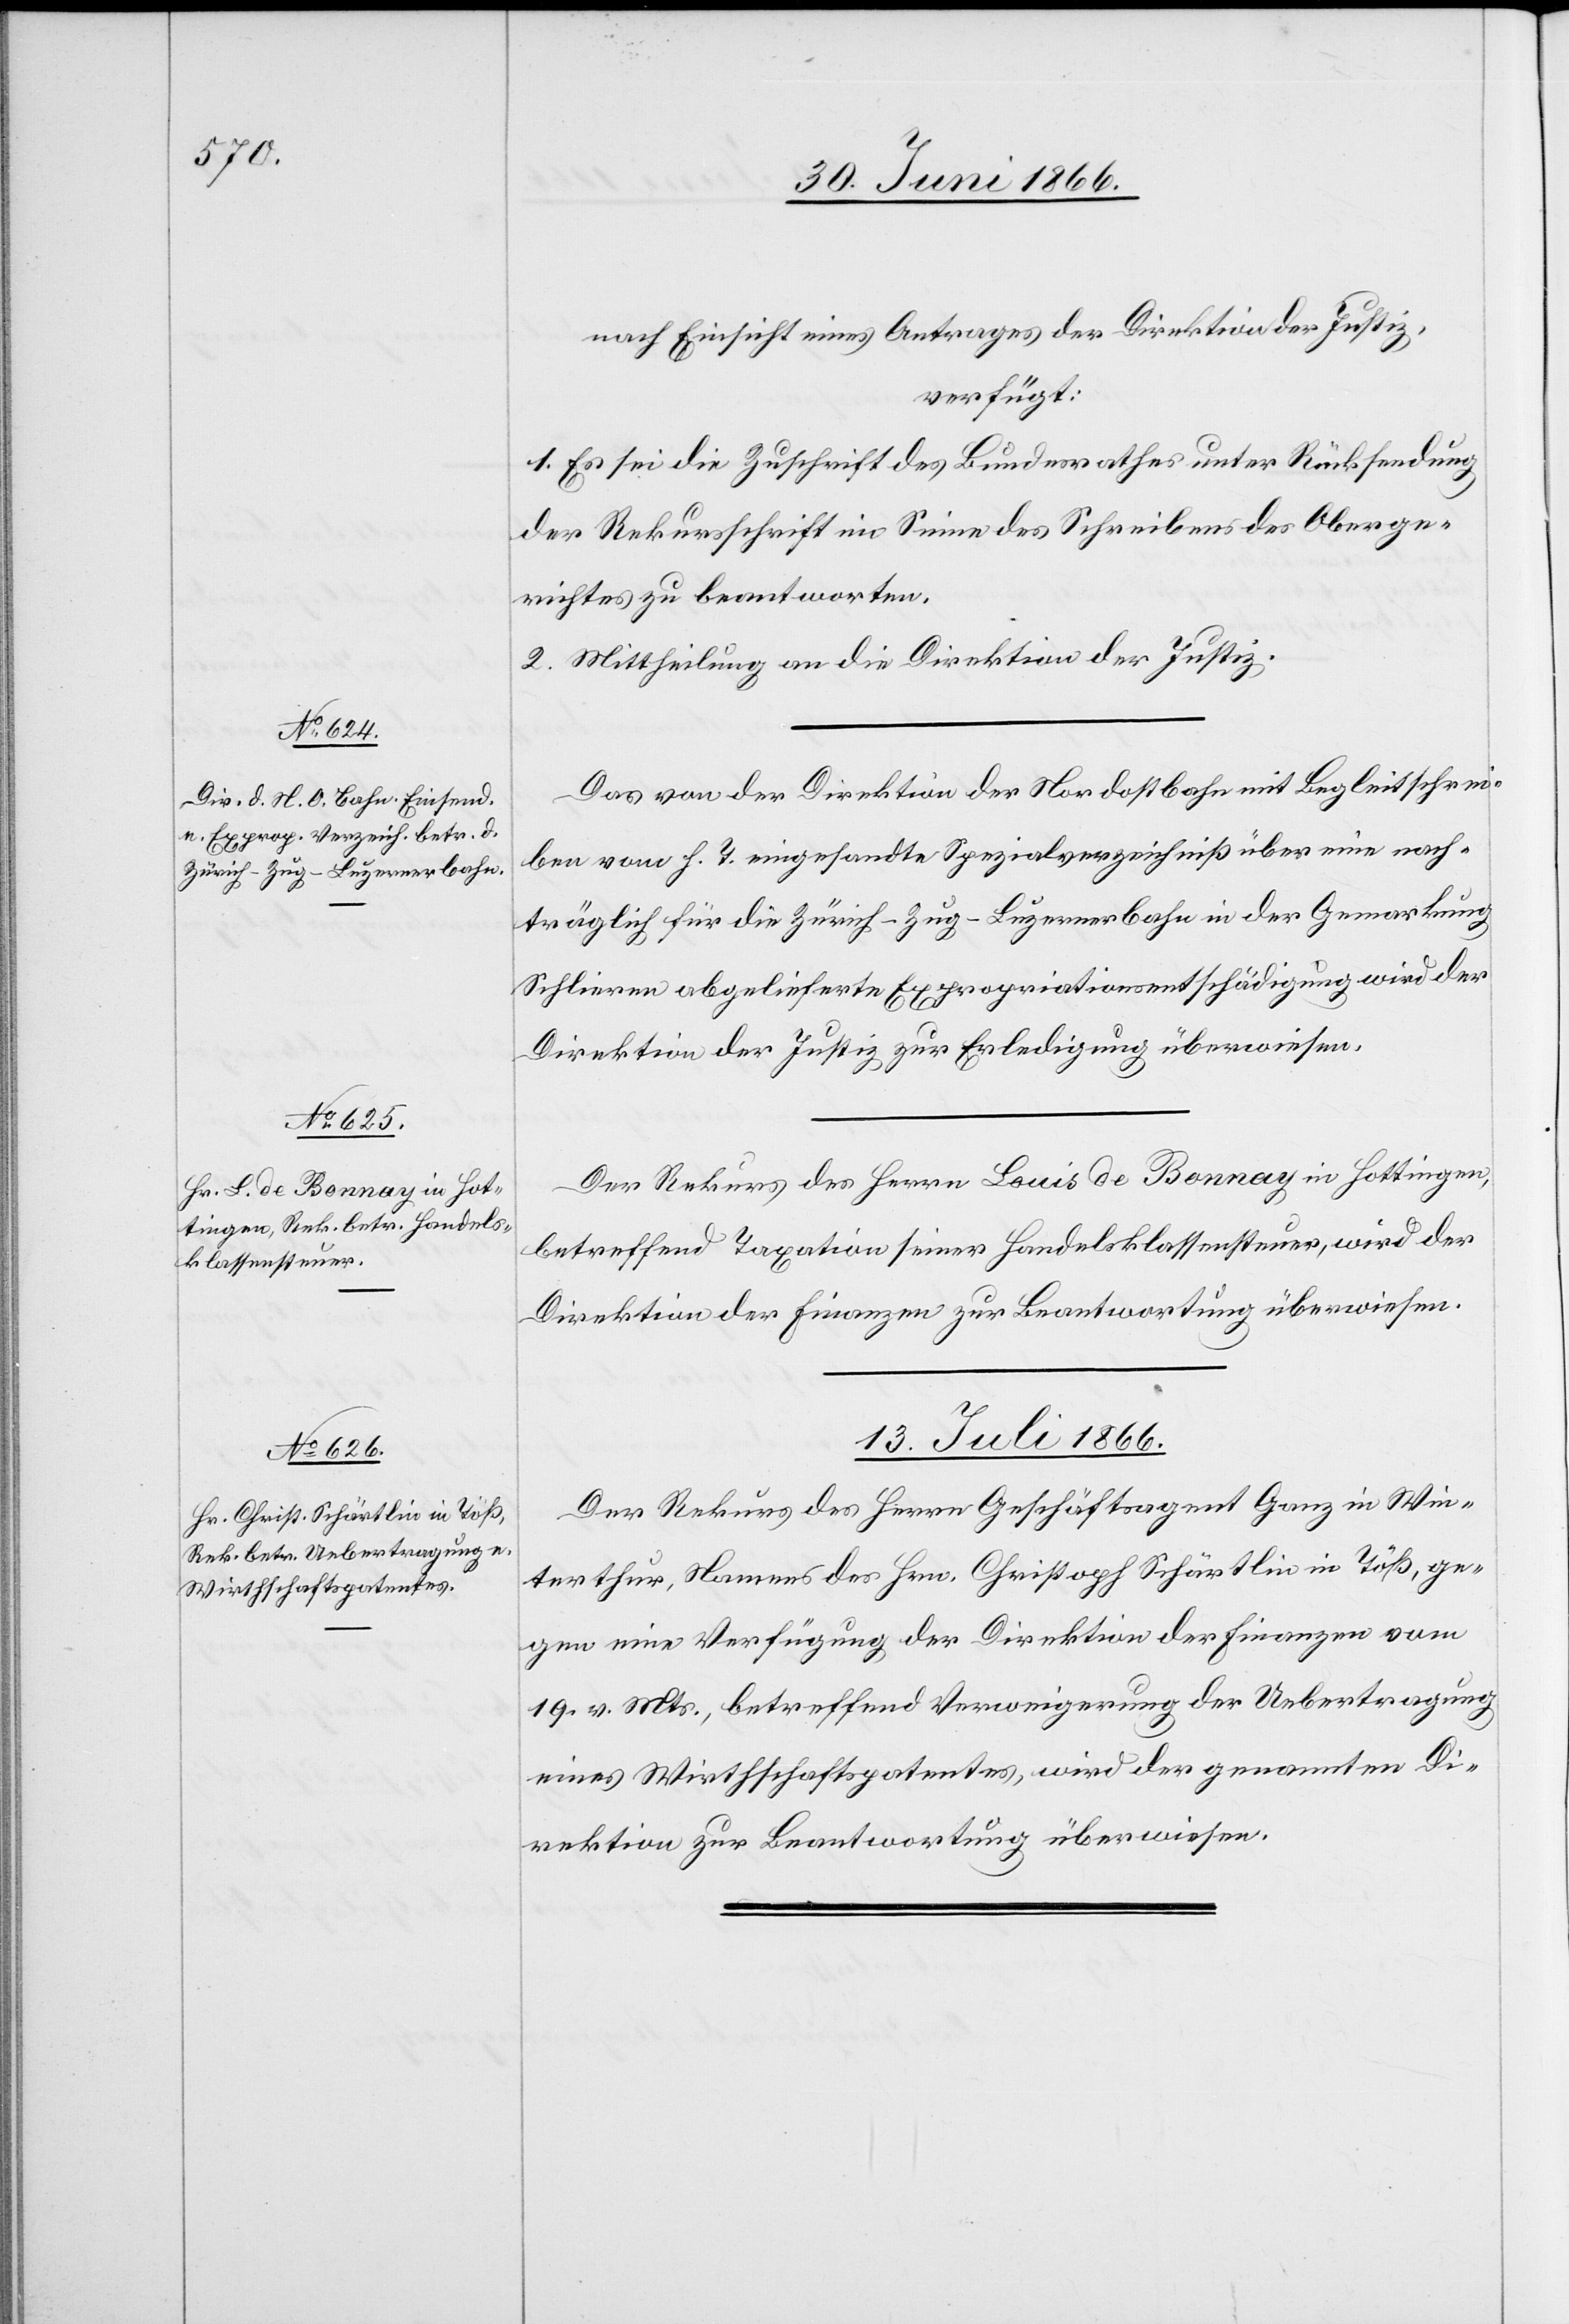
nach Einsicht eines Antrages der Direktion der Justiz,
verfügt:
1. Es sei die Zuschrift des Bundesrathes unter Rücksendung
der Rekursschrift im Sinne des Schreibens des Oberge¬
richtes zu beantworten.
2. Mittheilung an die Direktion der Justiz.
Das von der Direktion der Nordostbahn mit Begleitschrei¬
ben vom h. T. eingesandte Spezialverzeichniß über eine nach¬
träglich für die Zürich–Zug–Luzernerbahn in der Gemarkung
Schlieren abgelieferte Expropriationsentschädigung wird der
Direktion der Justiz zur Erledigung überwiesen.
Der Rekurs des Herrn Louis de Bonnay in Hottingen
betreffend Taxation der Handelsklassensteuer, wird der
Direktion der Finanzen zur Beantwortung überwiesen.
13. Juli 1866.
Der Rekurs des Herrn Geschäftsagenten Ganz in Win¬
terthur, Namens des Hrn. Christoph Schärtlin in Töß, ge¬
gen eine Verfügung der Direktion der Finanzen vom
19. v. Mts., betreffend Verweigerung der Uebertragung
eines Wirthschaftspatentes, wird der genannten Di¬
rektion zur Beantwortung überwiesen.